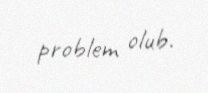
problem olub.